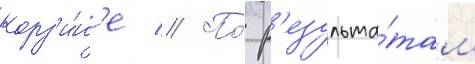
корз'и́н'е // По́ р'езульта́там